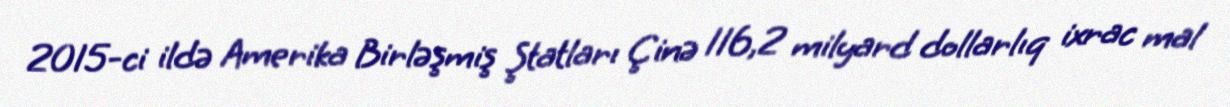
2015-ci ildə Amerika Birləşmiş Ştatları Çinə 116,2 milyard dollarlıq ixrac mal